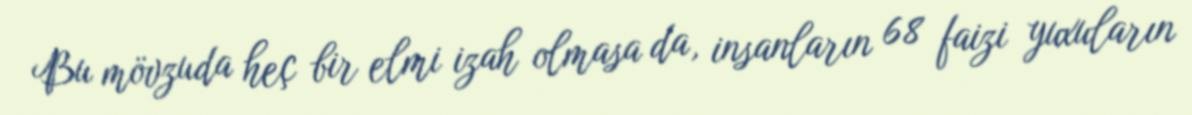
Bu mövzuda heç bir elmi izah olmasa da, insanların 68 faizi yuxuların